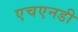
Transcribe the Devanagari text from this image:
एचएनडी